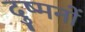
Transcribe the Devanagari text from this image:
दुष्मनों